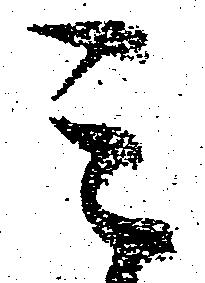
ミ